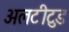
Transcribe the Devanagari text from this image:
अलटीटुड